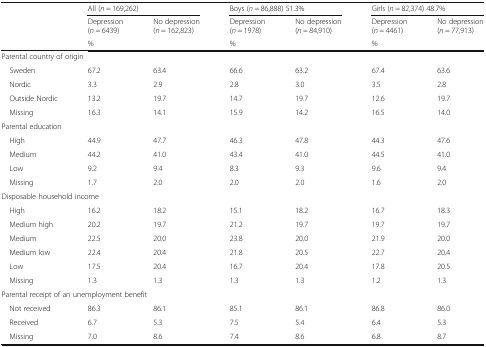
<table><thead><tr><td rowspan="3"></td><td colspan="2"><b>All (<i>n</i> = 169,262)</b></td><td colspan="2"><b>Boys (<i>n</i> = 86,888) 51.3%</b></td><td colspan="2"><b>Girls (<i>n</i> = 82,374) 48.7%</b></td></tr><tr><td><b>Depression (<i>n</i> = 6439)</b></td><td><b>No depression (<i>n</i> = 162,823)</b></td><td><b>Depression (<i>n</i> = 1978)</b></td><td><b>No depression (<i>n</i> = 84,910)</b></td><td><b>Depression (<i>n</i> = 4461)</b></td><td><b>No depression (<i>n</i> = 77,913)</b></td></tr><tr><td colspan="2"><b>%</b></td><td colspan="2"><b>%</b></td><td colspan="2"><b>%</b></td></tr></thead><tbody><tr><td colspan="7">Parental country of origin</td></tr><tr><td> Sweden</td><td>67.2</td><td>63.4</td><td>66.6</td><td>63.2</td><td>67.4</td><td>63.6</td></tr><tr><td> Nordic</td><td>3.3</td><td>2.9</td><td>2.8</td><td>3.0</td><td>3.5</td><td>2.8</td></tr><tr><td> Outside Nordic</td><td>13.2</td><td>19.7</td><td>14.7</td><td>19.7</td><td>12.6</td><td>19.7</td></tr><tr><td> Missing</td><td>16.3</td><td>14.1</td><td>15.9</td><td>14.2</td><td>16.5</td><td>14.0</td></tr><tr><td colspan="7">Parental education</td></tr><tr><td> High</td><td>44.9</td><td>47.7</td><td>46.3</td><td>47.8</td><td>44.3</td><td>47.6</td></tr><tr><td> Medium</td><td>44.2</td><td>41.0</td><td>43.4</td><td>41.0</td><td>44.5</td><td>41.0</td></tr><tr><td> Low</td><td>9.2</td><td>9.4</td><td>8.3</td><td>9.3</td><td>9.6</td><td>9.4</td></tr><tr><td> Missing</td><td>1.7</td><td>2.0</td><td>2.0</td><td>2.0</td><td>1.6</td><td>2.0</td></tr><tr><td colspan="7">Disposable household income</td></tr><tr><td> High</td><td>16.2</td><td>18.2</td><td>15.1</td><td>18.2</td><td>16.7</td><td>18.3</td></tr><tr><td> Medium high</td><td>20.2</td><td>19.7</td><td>21.2</td><td>19.7</td><td>19.7</td><td>19.7</td></tr><tr><td> Medium</td><td>22.5</td><td>20.0</td><td>23.8</td><td>20.0</td><td>21.9</td><td>20.0</td></tr><tr><td> Medium low</td><td>22.4</td><td>20.4</td><td>21.8</td><td>20.5</td><td>22.7</td><td>20.4</td></tr><tr><td> Low</td><td>17.5</td><td>20.4</td><td>16.7</td><td>20.4</td><td>17.8</td><td>20.5</td></tr><tr><td> Missing</td><td>1.3</td><td>1.3</td><td>1.3</td><td>1.3</td><td>1.2</td><td>1.3</td></tr><tr><td colspan="7">Parental receipt of an unemployment benefit</td></tr><tr><td> Not received</td><td>86.3</td><td>86.1</td><td>85.1</td><td>86.1</td><td>86.8</td><td>86.0</td></tr><tr><td> Received</td><td>6.7</td><td>5.3</td><td>7.5</td><td>5.4</td><td>6.4</td><td>5.3</td></tr><tr><td> Missing</td><td>7.0</td><td>8.6</td><td>7.4</td><td>8.6</td><td>6.8</td><td>8.7</td></tr></tbody></table>